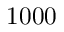
1 0 0 0